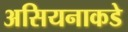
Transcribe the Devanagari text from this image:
असियनाकडे